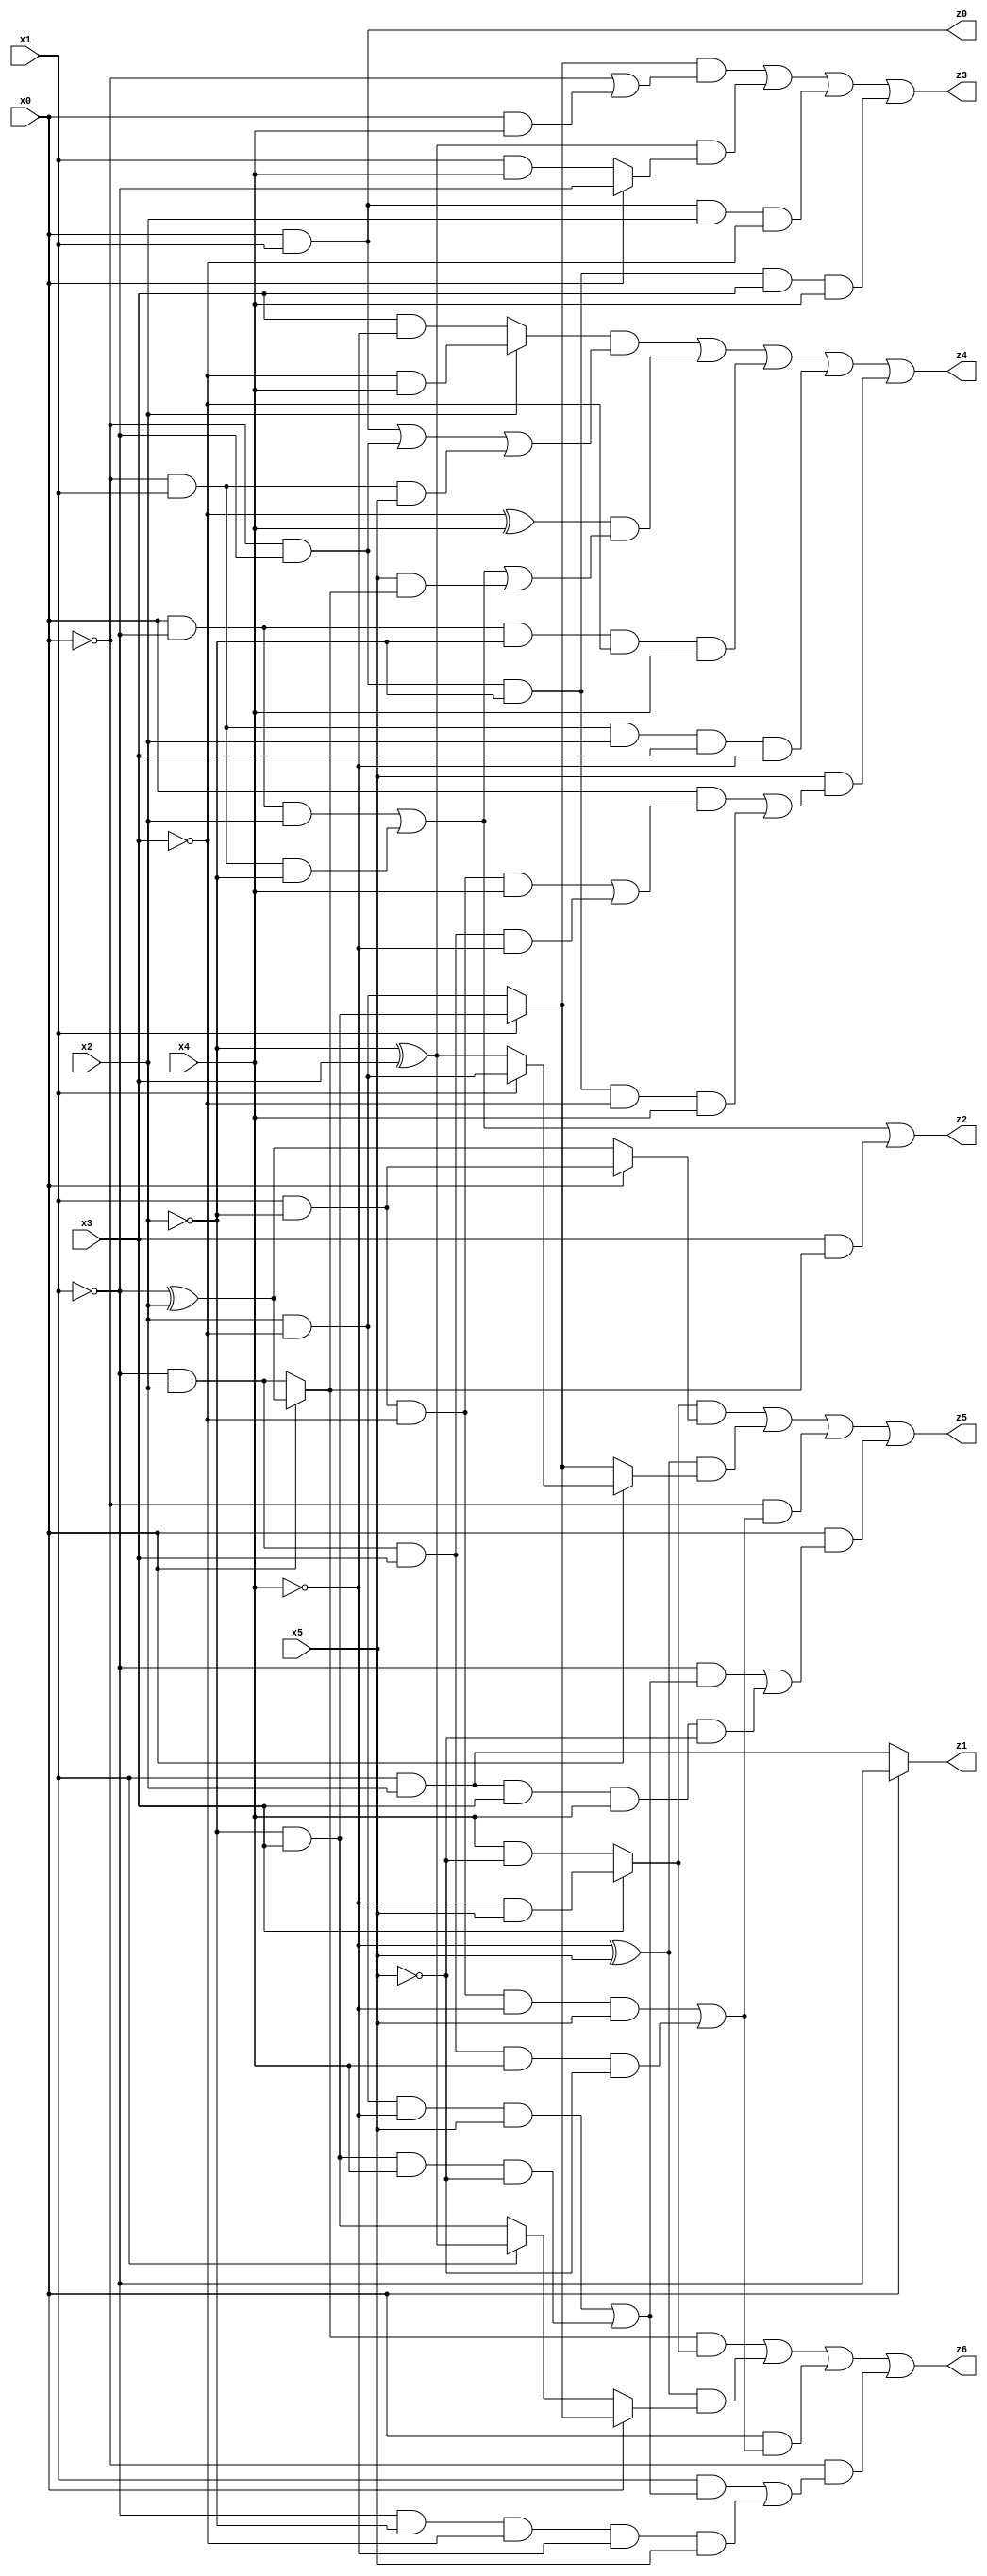
// Benchmark "q_1" written by ABC on Mon Jul 10 18:45:00 2023

module q_1 ( 
    x0, x1, x2, x3, x4, x5,
    z0, z1, z2, z3, z4, z5, z6  );
  input  x0, x1, x2, x3, x4, x5;
  output z0, z1, z2, z3, z4, z5, z6;
  assign z0 = x0 & x1;
  assign z1 = x0 ? ~x1 : (x1 & x2);
  assign z2 = (x0 & ~x1 & x2) | (~x0 & x1 & ~x2) | (x3 & (x0 ? (~x1 ^ x2) : (~x1 & x2)));
  assign z3 = ((x1 ? (~x2 & x3) : (x2 & ~x3)) & (~x0 | (x0 & x4))) | ((~x2 ^ x3) & (x0 ? ~x1 : (x1 & x4))) | (x0 & x1 & x2 & ~x3) | (~x0 & ~x1 & ~x2 & x3 & x4);
  assign z4 = ((x2 ? (~x3 & x4) : (x3 & ~x4)) & ((x0 & x1) | (~x0 & ~x1) | (~x0 & x1 & x5))) | ((~x3 ^ x4) & ((x0 & ~x1 & x2) | (~x0 & x1 & ~x2) | (x5 & (x0 ? (~x1 ^ x2) : (~x1 & x2))))) | (x0 & ~x1 & ~x2 & ~x3 & x4) | (~x0 & x1 & x2 & x3 & ~x4) | (x5 & ((x0 & ((x1 & ~x2 & ~x3 & x4) | (~x1 & x2 & x3 & ~x4))) | (~x0 & ~x1 & ~x2 & ~x3 & x4)));
  assign z5 = ((x3 ? (~x4 & x5) : (x4 & ~x5)) & (x0 ? (x1 & ~x2) : (~x1 ^ x2))) | ((~x4 ^ x5) & (x0 ? (x1 ? (x2 & ~x3) : (~x2 ^ x3)) : (x1 ? (~x2 & x3) : (x2 & ~x3)))) | (~x0 & ((x1 & ~x2 & ~x3 & ~x4 & x5) | (~x1 & x2 & x3 & x4 & ~x5))) | (x0 & ((~x1 & ((x2 & ~x3 & ~x4 & x5) | (~x2 & x3 & x4 & ~x5))) | (x1 & x2 & x3 & x4 & ~x5)));
  assign z6 = ((x0 ? (~x1 ^ x2) : (~x1 & x2)) & (x3 ? (~x4 & x5) : (x4 & ~x5))) | ((~x4 ^ x5) & (x0 ? (x1 ? (~x2 & x3) : (x2 & ~x3)) : (x1 ? (~x2 ^ x3) : (~x2 & x3)))) | (x0 & ((x1 & ~x2 & ~x3 & ~x4 & x5) | (~x1 & x2 & x3 & x4 & ~x5))) | (~x0 & ((x1 & ((x2 & ~x3 & ~x4 & x5) | (~x2 & x3 & x4 & ~x5))) | (~x1 & ~x2 & ~x3 & ~x4 & x5)));
endmodule